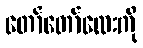
တော်တော်လေးကို